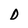
Character: D